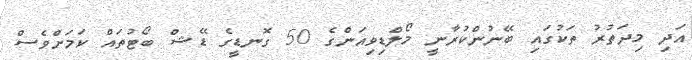
އަދި މިދަތުރު ތަކުގައި ބޭނުންކުރާނީ މޯލްޑިވިއަންގެ 50 ގޮނޑީގެ ޑޭޝް ބޯޓުތައް ކަމަށްވެސް